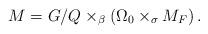
LaTeX: \begin{align*}M=G/Q\times_{\beta}\left(\Omega_{0}\times_{\sigma}M_{F}\right).\end{align*}